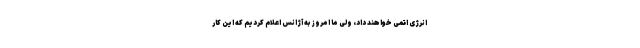
انرژی اتمی خواهند داد، ولی ما امروز به آژانس اعلام کردیم که این کار